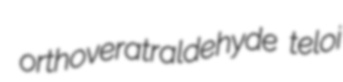
orthoveratraldehyde teloi